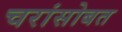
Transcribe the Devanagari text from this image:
चरांसोबत